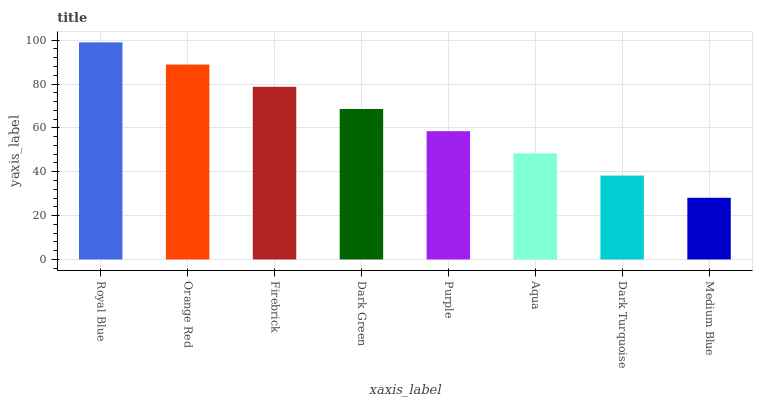
| xaxis_label | bars |
 | --- | --- |
 | Royal Blue | 99 |
 | Orange Red | 88.9 |
 | Firebrick | 78.7 |
 | Dark Green | 68.6 |
 | Purple | 58.5 |
 | Aqua | 48.4 |
 | Dark Turquoise | 38.2 |
 | Medium Blue | 28.1 |